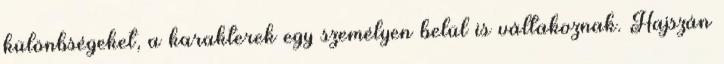
különbségeket, a karakterek egy személyen belül is váltakoznak. Hajszán